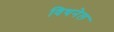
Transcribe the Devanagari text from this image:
विथनेल